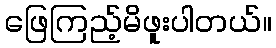
ဖြေကြည့်မိဖူးပါတယ်။